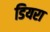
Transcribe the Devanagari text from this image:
डियरा